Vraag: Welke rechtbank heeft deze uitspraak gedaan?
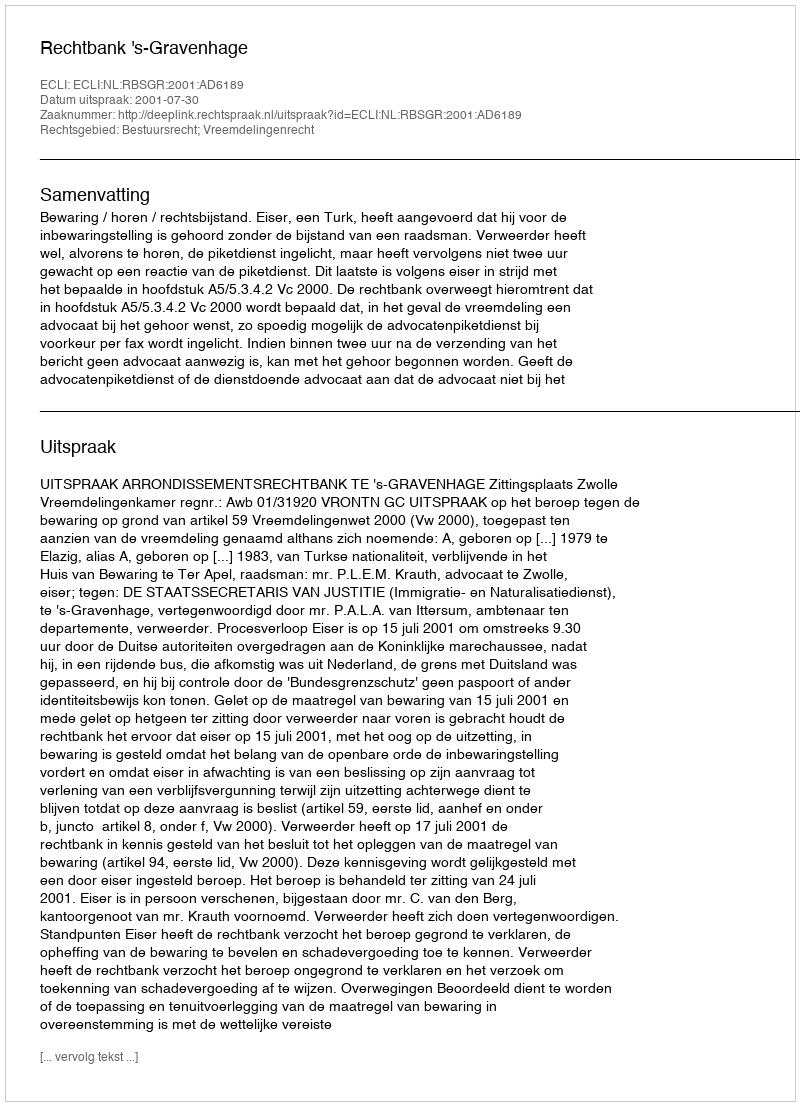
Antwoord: Rechtbank 's-Gravenhage